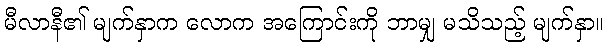
မီလာနီ၏ မျက်နှာက လောက အကြောင်းကို ဘာမျှ မသိသည့် မျက်နှာ။